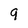
Character: q